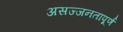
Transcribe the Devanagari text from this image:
असज्जनतापूर्ण